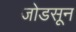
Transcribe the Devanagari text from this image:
जोडसून